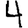
Digit: 4